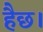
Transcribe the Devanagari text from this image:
हैछ।